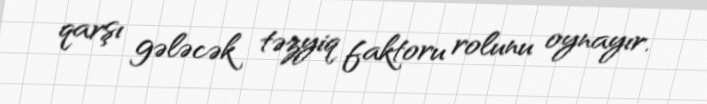
qarşı gələcək təzyiq faktoru rolunu oynayır.